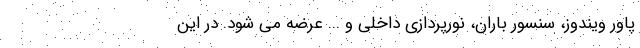
پاور ویندوز، سنسور باران، نورپردازی داخلی و ... عرضه می شود. در این